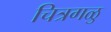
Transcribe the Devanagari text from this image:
चित्रगळु